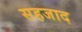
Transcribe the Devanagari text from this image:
सहजाद